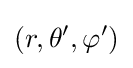
(r,\theta ',\varphi ')